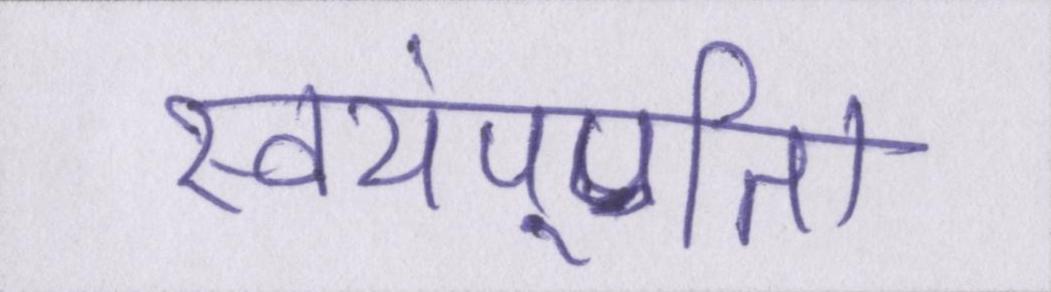
स्वयंपूर्णता